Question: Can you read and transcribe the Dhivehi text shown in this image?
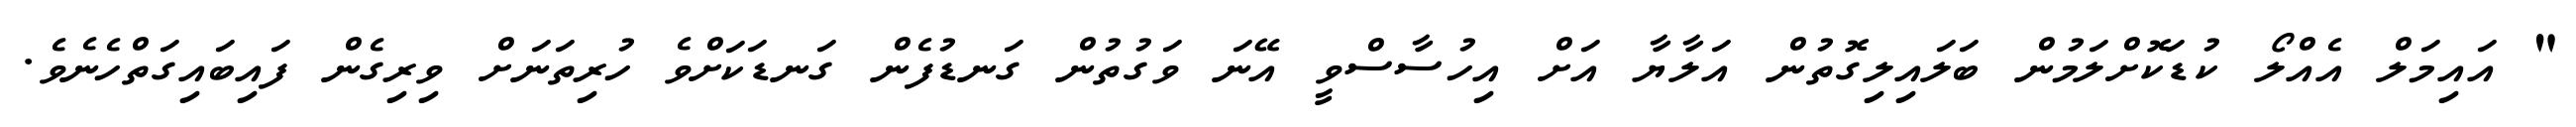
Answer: " އައިމަލް އެއްލޯ ކުޑަކޮށްލަމުން ބަލައިލިގޮތުން އަލާޔާ އަށް އިހުސާސްވީ އޭނަ ވަގުތުން ގަނޑުފެން ގަނޑަކަށްވެ ހުރިތަނަށް ވިރިގެން ފައިބައިގަތްހެނެވެ.